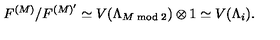
F ^ { ( M ) } / F ^ { ( M ) ^ { \prime } } \simeq V ( \Lambda _ { M \bmod 2 } ) \otimes 1 \simeq V ( \Lambda _ { i } ) .